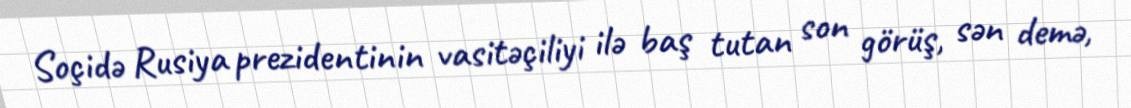
Soçidə Rusiya prezidentinin vasitəçiliyi ilə baş tutan son görüş, sən demə,